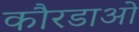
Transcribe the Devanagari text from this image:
कौरडाओ